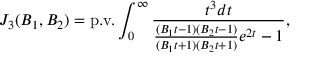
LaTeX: J _ { 3 } ( B _ { 1 } , B _ { 2 } ) = \mathrm { p . v . } \int _ { 0 } ^ { \infty } \frac { t ^ { 3 } d t } { \frac { ( B _ { 1 } t - 1 ) ( B _ { 2 } t - 1 ) } { ( B _ { 1 } t + 1 ) ( B _ { 2 } t + 1 ) } e ^ { 2 t } - 1 } ,